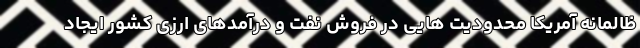
ظالمانه آمریکا محدودیت هایی در فروش نفت و درآمدهای ارزی کشور ایجاد